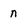
Character: n